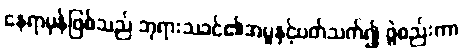
နေရာမှန်ဖြစ်သည် ဘုရားသခင်၏အမှုနှင့်ပတ်သက်၍ ဖွဲစည်းကာ